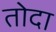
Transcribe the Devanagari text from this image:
तोदा